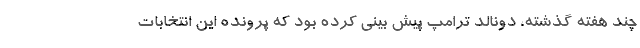
چند هفته گذشته، دونالد ترامپ پیش بینی کرده بود که پرونده این انتخابات